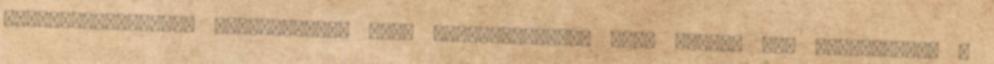
függvénygenerátor kereskedelmi ára: MRX-MAGÉV-ELIT Kft. Minden jog fenntartva. A